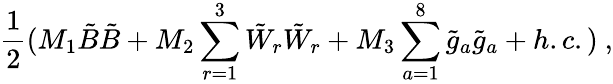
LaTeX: \frac{1}{2}(M_{1}\tilde{B}\tilde{B}+M_{2}\sum_{r=1}^{3}\tilde{W}_{r}\tilde{W}_{r}+M_{3}\sum_{a=1}^{8}\tilde{g}_{a}\tilde{g}_{a}+h.c.)~,